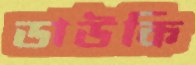
ডাউকি